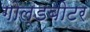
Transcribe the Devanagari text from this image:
गोल्डबीटर